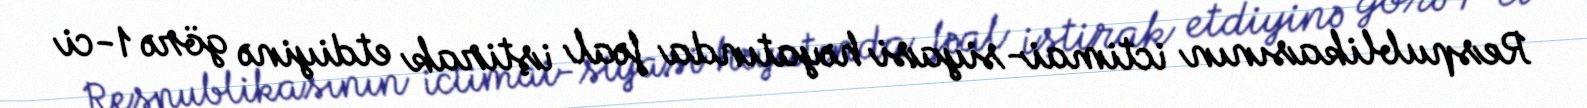
Respublikasının ictimai-siyasi həyatında fəal iştirak etdiyinə görə 1-ci